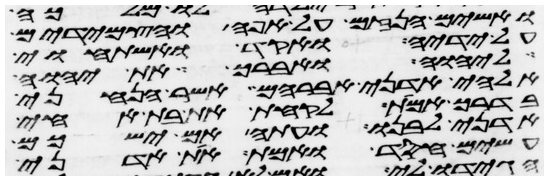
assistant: ואשים הנזם על אפה והצמידים
על ידיה ואקד ואשתחוי
ליהוה ואברך את יהוה
אלהי אדני אברהם אשר הנחני
בדרך אמת לקחת את בת אחי
אדני לבנו ועתה אם ישכם
עשים חסד ואמת את אדני